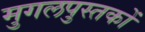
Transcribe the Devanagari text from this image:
मुगलपुस्तकों